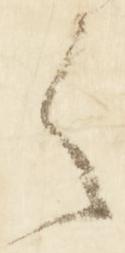
之